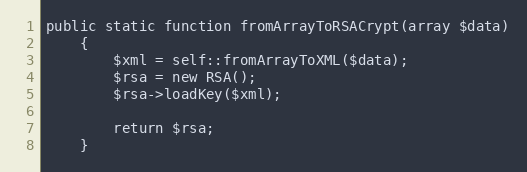
Language: PHP
public static function fromArrayToRSACrypt(array $data)
    {
        $xml = self::fromArrayToXML($data);
        $rsa = new RSA();
        $rsa->loadKey($xml);

        return $rsa;
    }